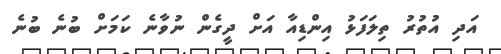
އަދި އުތުރު ތިލަފަޅު އިންޑިއާ އަށް ދީގެން ނުވާނެ ކަމަށް ބުނެ ބުނެ